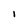
Character: l